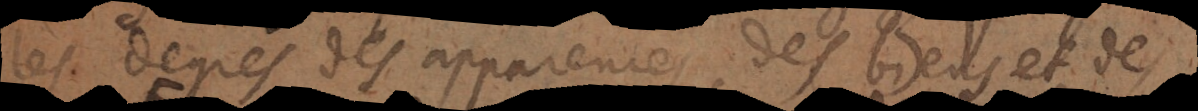
les degrés des apparences des biens et des